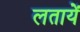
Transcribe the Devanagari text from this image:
लतायें